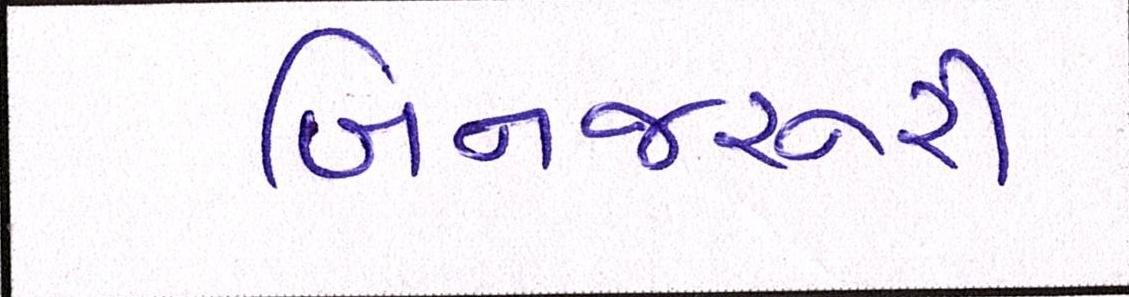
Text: બિનજરૂરી